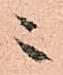
ニ